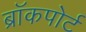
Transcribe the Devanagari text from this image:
ब्रॉकपोर्ट